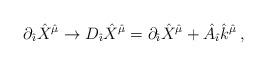
LaTeX: \begin{align*}\partial_{\hat \imath}{\hat X}^{\hat \mu}\rightarrow D_{\hat \imath}{\hat X}^{\hat \mu}=\partial_{\hat \imath}{\hat X}^{\hat \mu}+{\hat A}_{\hat \imath}{\hat k}^{\hat \mu}\, ,\end{align*}